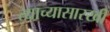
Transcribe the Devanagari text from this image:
त्याच्यासारखी